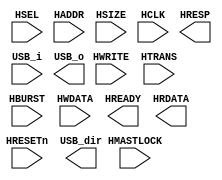
module AHB_OHCI
(
     input HSEL,
  // Address and control
  input [35:0] HADDR,
  input HWRITE,
  input [1:0] HTRANS,
  input [2:0] HSIZE,
  input [2:0] HBURST,
  // Data in
  input [63:0] HWDATA,
  // Reset and clock
  input HRESETn,
  input HCLK,
  input HMASTLOCK,
  // --------------
  // Output pins //
  // --------------
  // Transfer responses
  output reg HREADY,
  output HRESP,
  // Data out
  output reg [63:0] HRDATA,


  //USB Port 
  input USB_i,
  output USB_o,
  output USB_dir
);


endmodule